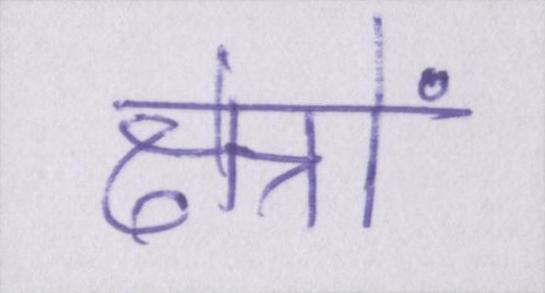
क्षेत्रों